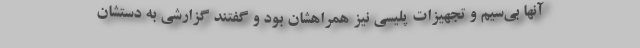
آنها بی‌سیم و تجهیزات پلیسی نیز همراهشان بود و گفتند گزارشی به دستشان